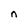
Character: n